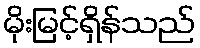
မိုးမြင့်ရှိန်သည်